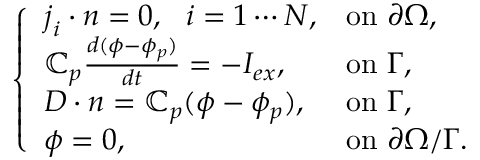
\left\{ \begin{array} { l l } { \boldsymbol { j } _ { i } \cdot \boldsymbol { n } = 0 , ~ ~ i = 1 \cdots N , } & { \mathrm { o n ~ } \partial \Omega , } \\ { \mathbb { C } _ { p } \frac { d ( \phi - \phi _ { p } ) } { d t } = - I _ { e x } , } & { \mathrm { o n ~ } \Gamma , } \\ { \boldsymbol { D } \cdot \boldsymbol { n } = \mathbb { C } _ { p } ( \phi - \phi _ { p } ) , } & { \mathrm { o n ~ } \Gamma , } \\ { \phi = 0 , } & { \mathrm { o n ~ } \partial \Omega / \Gamma . } \end{array} \right.